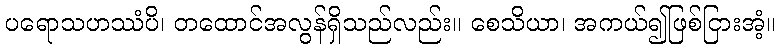
ပရောသဟဿံပိ၊ တထောင်အလွန်ရှိသည်လည်း။ စေသိယာ၊ အကယ်၍ဖြစ်ငြားအံ့။